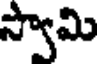
స్వామి